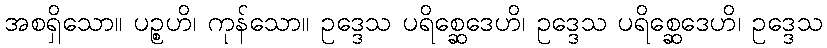
အစရှိသော။ ပဉ္စဟိ၊ ကုန်သော။ ဥဒ္ဒေသ ပရိစ္ဆေဒေဟိ၊ ဥဒ္ဒေသ ပရိစ္ဆေဒေဟိ၊ ဥဒ္ဒေသ